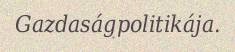
Gazdaságpolitikája.